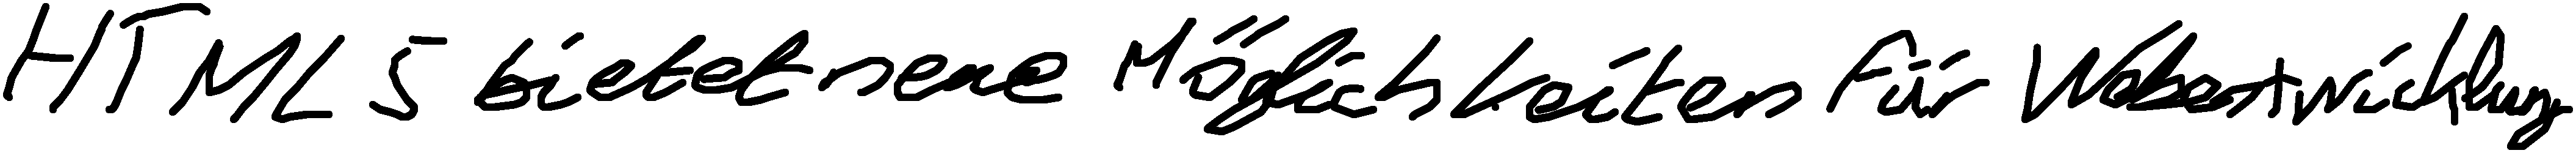
HTML5 bietet neue Möglichkeiten für Webentwicklung.